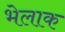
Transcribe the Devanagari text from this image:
भेलाक